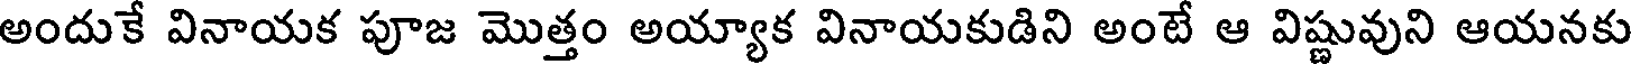
అందుకే వినాయక పూజ మొత్తం అయ్యాక వినాయకుడిని అంటే ఆ విష్ణువుని ఆయనకు